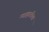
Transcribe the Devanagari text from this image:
न्याहारीला